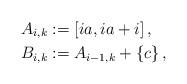
LaTeX: \begin{align*}A_{i,k} & := \left[i a, i a + i \right],\\B_{i,k} & := A_{i-1,k} + \left\{ c \right\},\end{align*}